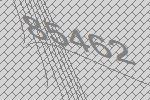
85462